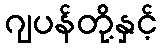
ဂျပန်တို့နှင့်